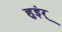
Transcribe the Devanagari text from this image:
हुइंर्